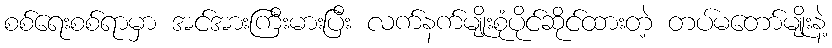
စစ်ရေးစစ်ရာမှာ အင်အားကြီးမားပြီး လက်နက်မျိုးစုံပိုင်ဆိုင်ထားတဲ့ တပ်မတော်မျိုးနဲ့